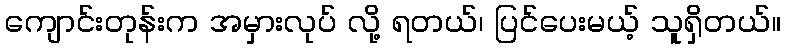
ကျောင်းတုန်းက အမှားလုပ် လို့ ရတယ်၊ ပြင်ပေးမယ့် သူရှိတယ်။